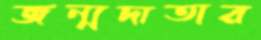
জন্মদাতার